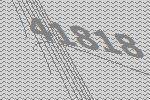
41818